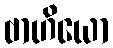
ဗာဟိယော